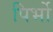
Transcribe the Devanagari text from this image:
पिर्भो